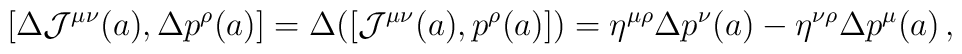
[\Delta {\cal J}^{\mu \nu}(a) , \Delta p^{\rho}(a)] =   \Delta ([{\cal J}^{\mu \nu} (a), p^{\rho}(a)]) =   \eta^{\mu \rho} \Delta p^\nu (a)- \eta^{\nu \rho} \Delta p^\mu (a) \,,